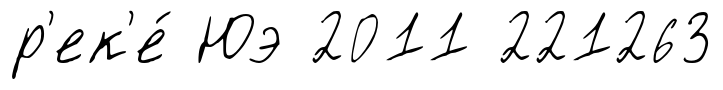
р'ек'е́ Юэ 2011 221263